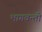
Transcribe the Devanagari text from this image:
भागवन्ती